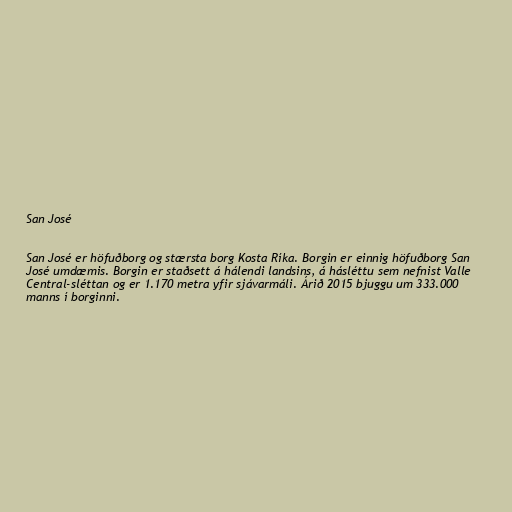
San José

San José er höfuðborg og stærsta borg Kosta Ríka. Borgin er einnig höfuðborg San
José umdæmis. Borgin er staðsett á hálendi landsins, á hásléttu sem nefnist Valle
Central-sléttan og er 1.170 metra yfir sjávarmáli. Árið 2015 bjuggu um 333.000
manns í borginni.